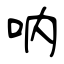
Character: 呐